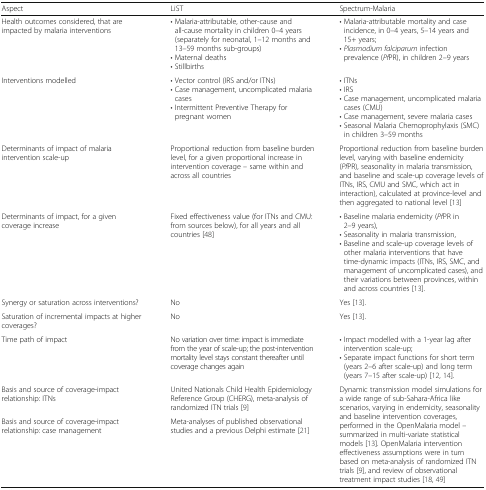
<table><thead><tr><td><b>Aspect</b></td><td><b>LiST</b></td><td><b>Spectrum-Malaria</b></td></tr></thead><tbody><tr><td>Health outcomes considered, that are impacted by malaria interventions</td><td>• Malaria-attributable, other-cause and all-cause mortality in children 0–4 years (separately for neonatal, 1–12 months and 13–59 months sub-groups)• Maternal deaths• Stillbirths</td><td>• Malaria-attributable mortality and case incidence, in 0–4 years, 5–14 years and 15+ years;• <i>Plasmodium falciparum</i> infection prevalence (<i>Pf</i>PR), in children 2–9 years</td></tr><tr><td>Interventions modelled</td><td>• Vector control (IRS and/or ITNs)• Case management, uncomplicated malaria cases• Intermittent Preventive Therapy for pregnant women</td><td>• ITNs• IRS• Case management, uncomplicated malaria cases (CMU)• Case management, severe malaria cases• Seasonal Malaria Chemoprophylaxis (SMC) in children 3–59 months</td></tr><tr><td>Determinants of impact of malaria intervention scale-up</td><td>Proportional reduction from baseline burden level, for a given proportional increase in intervention coverage – same within and across all countries</td><td>Proportional reduction from baseline burden level, varying with baseline endemicity (<i>Pf</i>PR), seasonality in malaria transmission, and baseline and scale-up coverage levels of ITNs, IRS, CMU and SMC, which act in interaction), calculated at province-level and then aggregated to national level [13]</td></tr><tr><td>Determinants of impact, for a given coverage increase</td><td>Fixed effectiveness value (for ITNs and CMU: from sources below), for all years and all countries [48]</td><td>• Baseline malaria endemicity (<i>Pf</i>PR in 2–9 years),• Seasonality in malaria transmission,• Baseline and scale-up coverage levels of other malaria interventions that have time-dynamic impacts (ITNs, IRS, SMC, and management of uncomplicated cases), and their variations between provinces, within and across countries [13].</td></tr><tr><td>Synergy or saturation across interventions?</td><td>No</td><td>Yes [13].</td></tr><tr><td>Saturation of incremental impacts at higher coverages?</td><td>No</td><td>Yes [13].</td></tr><tr><td>Time path of impact</td><td>No variation over time: impact is immediate from the year of scale-up; the post-intervention mortality level stays constant thereafter until coverage changes again</td><td>• Impact modelled with a 1-year lag after intervention scale-up;• Separate impact functions for short term (years 2–6 after scale-up) and long term (years 7–15 after scale-up) [12, 14].</td></tr><tr><td>Basis and source of coverage-impact relationship: ITNs</td><td>United Nationals Child Health Epidemiology Reference Group (CHERG), meta-analysis of randomized ITN trials [9]</td><td rowspan="2">Dynamic transmission model simulations for a wide range of sub-Sahara-Africa like scenarios, varying in endemicity, seasonality and baseline intervention coverages, performed in the OpenMalaria model – summarized in multi-variate statistical models [13]. OpenMalaria intervention effectiveness assumptions were in turn based on meta-analysis of randomized ITN trials [9], and review of observational treatment impact studies [18, 49]</td></tr><tr><td>Basis and source of coverage-impact relationship: case management</td><td>Meta-analyses of published observational studies and a previous Delphi estimate [21]</td></tr></tbody></table>